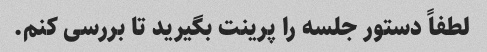
لطفاً دستور جلسه را پرینت بگیرید تا بررسی کنم.